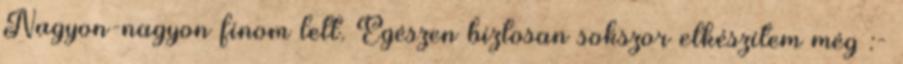
Nagyon-nagyon finom lett. Egészen biztosan sokszor elkészítem még :-